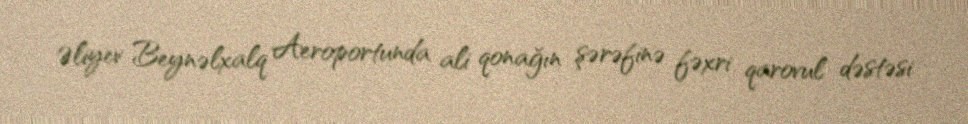
Əliyev Beynəlxalq Aeroportunda ali qonağın şərəfinə fəxri qarovul dəstəsi